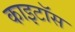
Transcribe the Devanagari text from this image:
काइटॉस